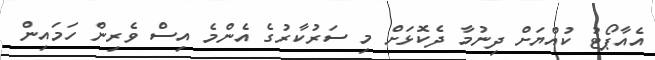
އެއާޕޯޓު ކުއްޔަށް ދިނުމާ ދެކޮޅަށް މި ސަރުކާރުގެ އެންމެ އިސް ވެރިން ހަމައިން